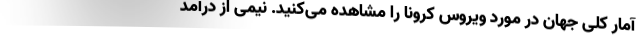
آمار کلی جهان در مورد ویروس کرونا را مشاهده می‌کنید. نیمی از درآمد